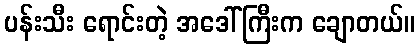
ပန်းသီး ရောင်းတဲ့ အဒေါ်ကြီးက ချောတယ်။